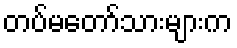
တပ်မတော်သားများက